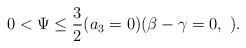
\begin{align*}0<\Psi\leq\frac{3}{2} (a_3=0)(\beta-\gamma=0,\ ).\end{align*}